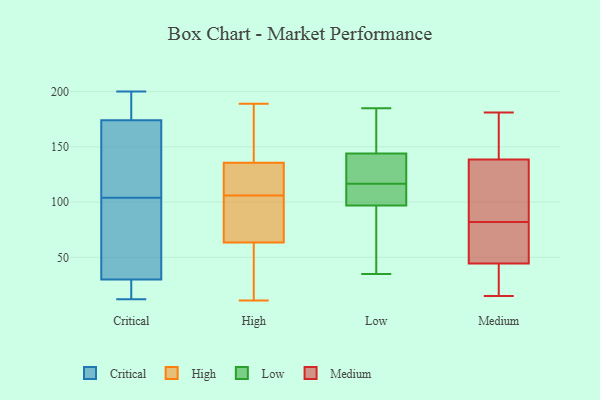
{"axis": {"x": "Backlog", "y": "Value"}, "legend": ["Critical", "High", "Low", "Medium"], "data": [{"x": "", "y": 84, "type": "Critical"}, {"x": "", "y": 21, "type": "Critical"}, {"x": "", "y": 197, "type": "Critical"}, {"x": "", "y": 30, "type": "Critical"}, {"x": "", "y": 127, "type": "Critical"}, {"x": "", "y": 16, "type": "Critical"}, {"x": "", "y": 99, "type": "Critical"}, {"x": "", "y": 174, "type": "Critical"}, {"x": "", "y": 52, "type": "Critical"}, {"x": "", "y": 30, "type": "Critical"}, {"x": "", "y": 132, "type": "Critical"}, {"x": "", "y": 12, "type": "Critical"}, {"x": "", "y": 200, "type": "Critical"}, {"x": "", "y": 133, "type": "Critical"}, {"x": "", "y": 109, "type": "Critical"}, {"x": "", "y": 39, "type": "Critical"}, {"x": "", "y": 198, "type": "Critical"}, {"x": "", "y": 174, "type": "Critical"}, {"x": "", "y": 102, "type": "High"}, {"x": "", "y": 112, "type": "High"}, {"x": "", "y": 186, "type": "High"}, {"x": "", "y": 58, "type": "High"}, {"x": "", "y": 106, "type": "High"}, {"x": "", "y": 173, "type": "High"}, {"x": "", "y": 139, "type": "High"}, {"x": "", "y": 40, "type": "High"}, {"x": "", "y": 11, "type": "High"}, {"x": "", "y": 189, "type": "High"}, {"x": "", "y": 125, "type": "High"}, {"x": "", "y": 46, "type": "High"}, {"x": "", "y": 115, "type": "High"}, {"x": "", "y": 68, "type": "High"}, {"x": "", "y": 62, "type": "High"}, {"x": "", "y": 100, "type": "High"}, {"x": "", "y": 158, "type": "High"}, {"x": "", "y": 125, "type": "High"}, {"x": "", "y": 69, "type": "High"}, {"x": "", "y": 97, "type": "Low"}, {"x": "", "y": 161, "type": "Low"}, {"x": "", "y": 104, "type": "Low"}, {"x": "", "y": 35, "type": "Low"}, {"x": "", "y": 132, "type": "Low"}, {"x": "", "y": 144, "type": "Low"}, {"x": "", "y": 116, "type": "Low"}, {"x": "", "y": 117, "type": "Low"}, {"x": "", "y": 185, "type": "Low"}, {"x": "", "y": 67, "type": "Low"}, {"x": "", "y": 151, "type": "Medium"}, {"x": "", "y": 134, "type": "Medium"}, {"x": "", "y": 179, "type": "Medium"}, {"x": "", "y": 76, "type": "Medium"}, {"x": "", "y": 57, "type": "Medium"}, {"x": "", "y": 88, "type": "Medium"}, {"x": "", "y": 168, "type": "Medium"}, {"x": "", "y": 30, "type": "Medium"}, {"x": "", "y": 26, "type": "Medium"}, {"x": "", "y": 40, "type": "Medium"}, {"x": "", "y": 143, "type": "Medium"}, {"x": "", "y": 23, "type": "Medium"}, {"x": "", "y": 55, "type": "Medium"}, {"x": "", "y": 181, "type": "Medium"}, {"x": "", "y": 49, "type": "Medium"}, {"x": "", "y": 132, "type": "Medium"}, {"x": "", "y": 94, "type": "Medium"}, {"x": "", "y": 117, "type": "Medium"}, {"x": "", "y": 54, "type": "Medium"}, {"x": "", "y": 15, "type": "Medium"}]}